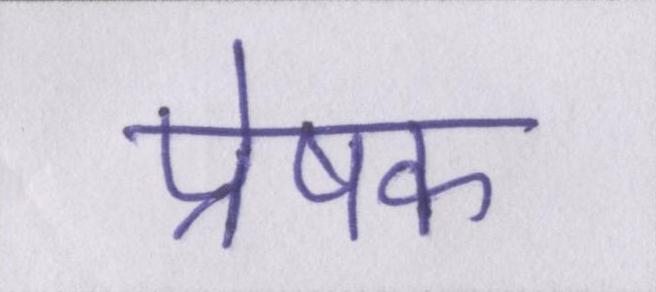
प्रेषक